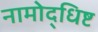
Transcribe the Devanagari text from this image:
नामोद्धिष्ट